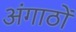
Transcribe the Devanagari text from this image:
अंगाठों